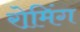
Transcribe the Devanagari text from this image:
रो़मिंग